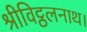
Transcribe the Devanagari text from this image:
श्रीविट्ठलनाथ।